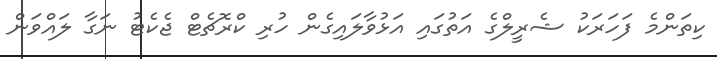
ކިތަންމެ ފަހަރަކު ޝެރީލްގެ އަތުގައި އަޅުވާލައިގެން ހުރި ކްރޮޗެޓް ޖެކެޓު ނަގާ ލައްވަން